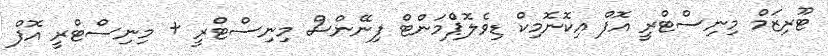
ޓޫރިޒަމް މިނިސްޓްރީ އޮފް އިކޮނޮމިކް ޑިވެލޮޕްެމަންޓް ފިނޭންސް މިނިސްޓްރީ + މިނިސްޓްރީ އޮފް